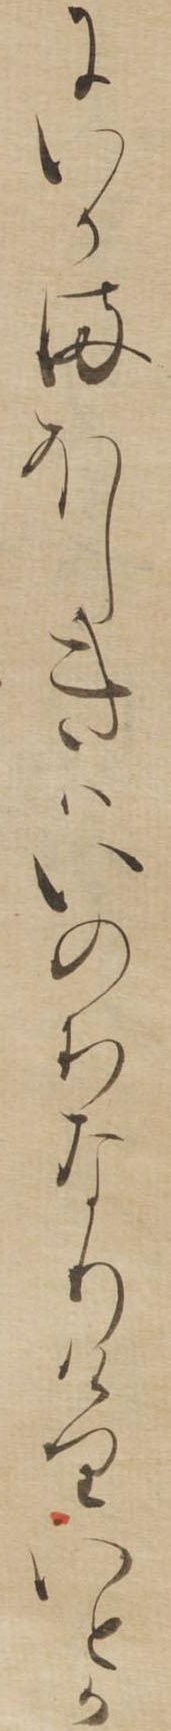
にいかまほしきはいのちなりけりいとか